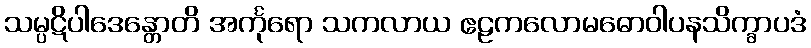
သမ္ပဋိပါဒေန္တောတိ အင်္ကုရော သကလာယ ဧဠကလောမဓောဝါပနသိက္ခာပဒံ